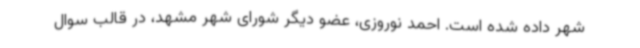
شهر داده شده است. احمد نوروزی، عضو دیگر شورای شهر مشهد، در قالب سوال